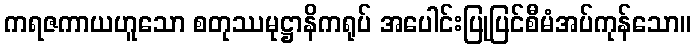
ကရဇကာယဟူသော စတုဿမုဋ္ဌာနိကရုပ် အပေါင်းပြုပြင်စီမံအပ်ကုန်သော။